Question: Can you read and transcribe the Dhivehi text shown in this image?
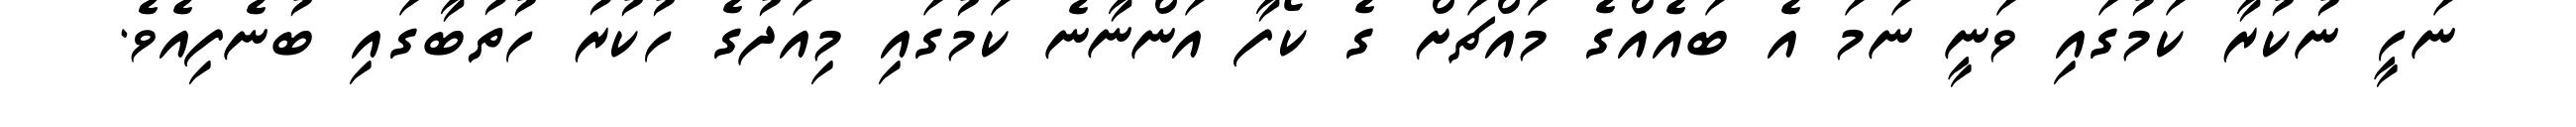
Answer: ނަހީ ނުކުރާ ކަމުގައި ވަނީ ނަމަ އެ ބައެއްގެ މައްޗަށް ގެ ކޯފާ އަންނާނެ ކަމުގައި މިއަދުގެ ހުކުރު ހުތުބާގައި ބުނެފިއެވެ.